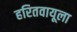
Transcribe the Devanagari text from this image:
हरितवायूला